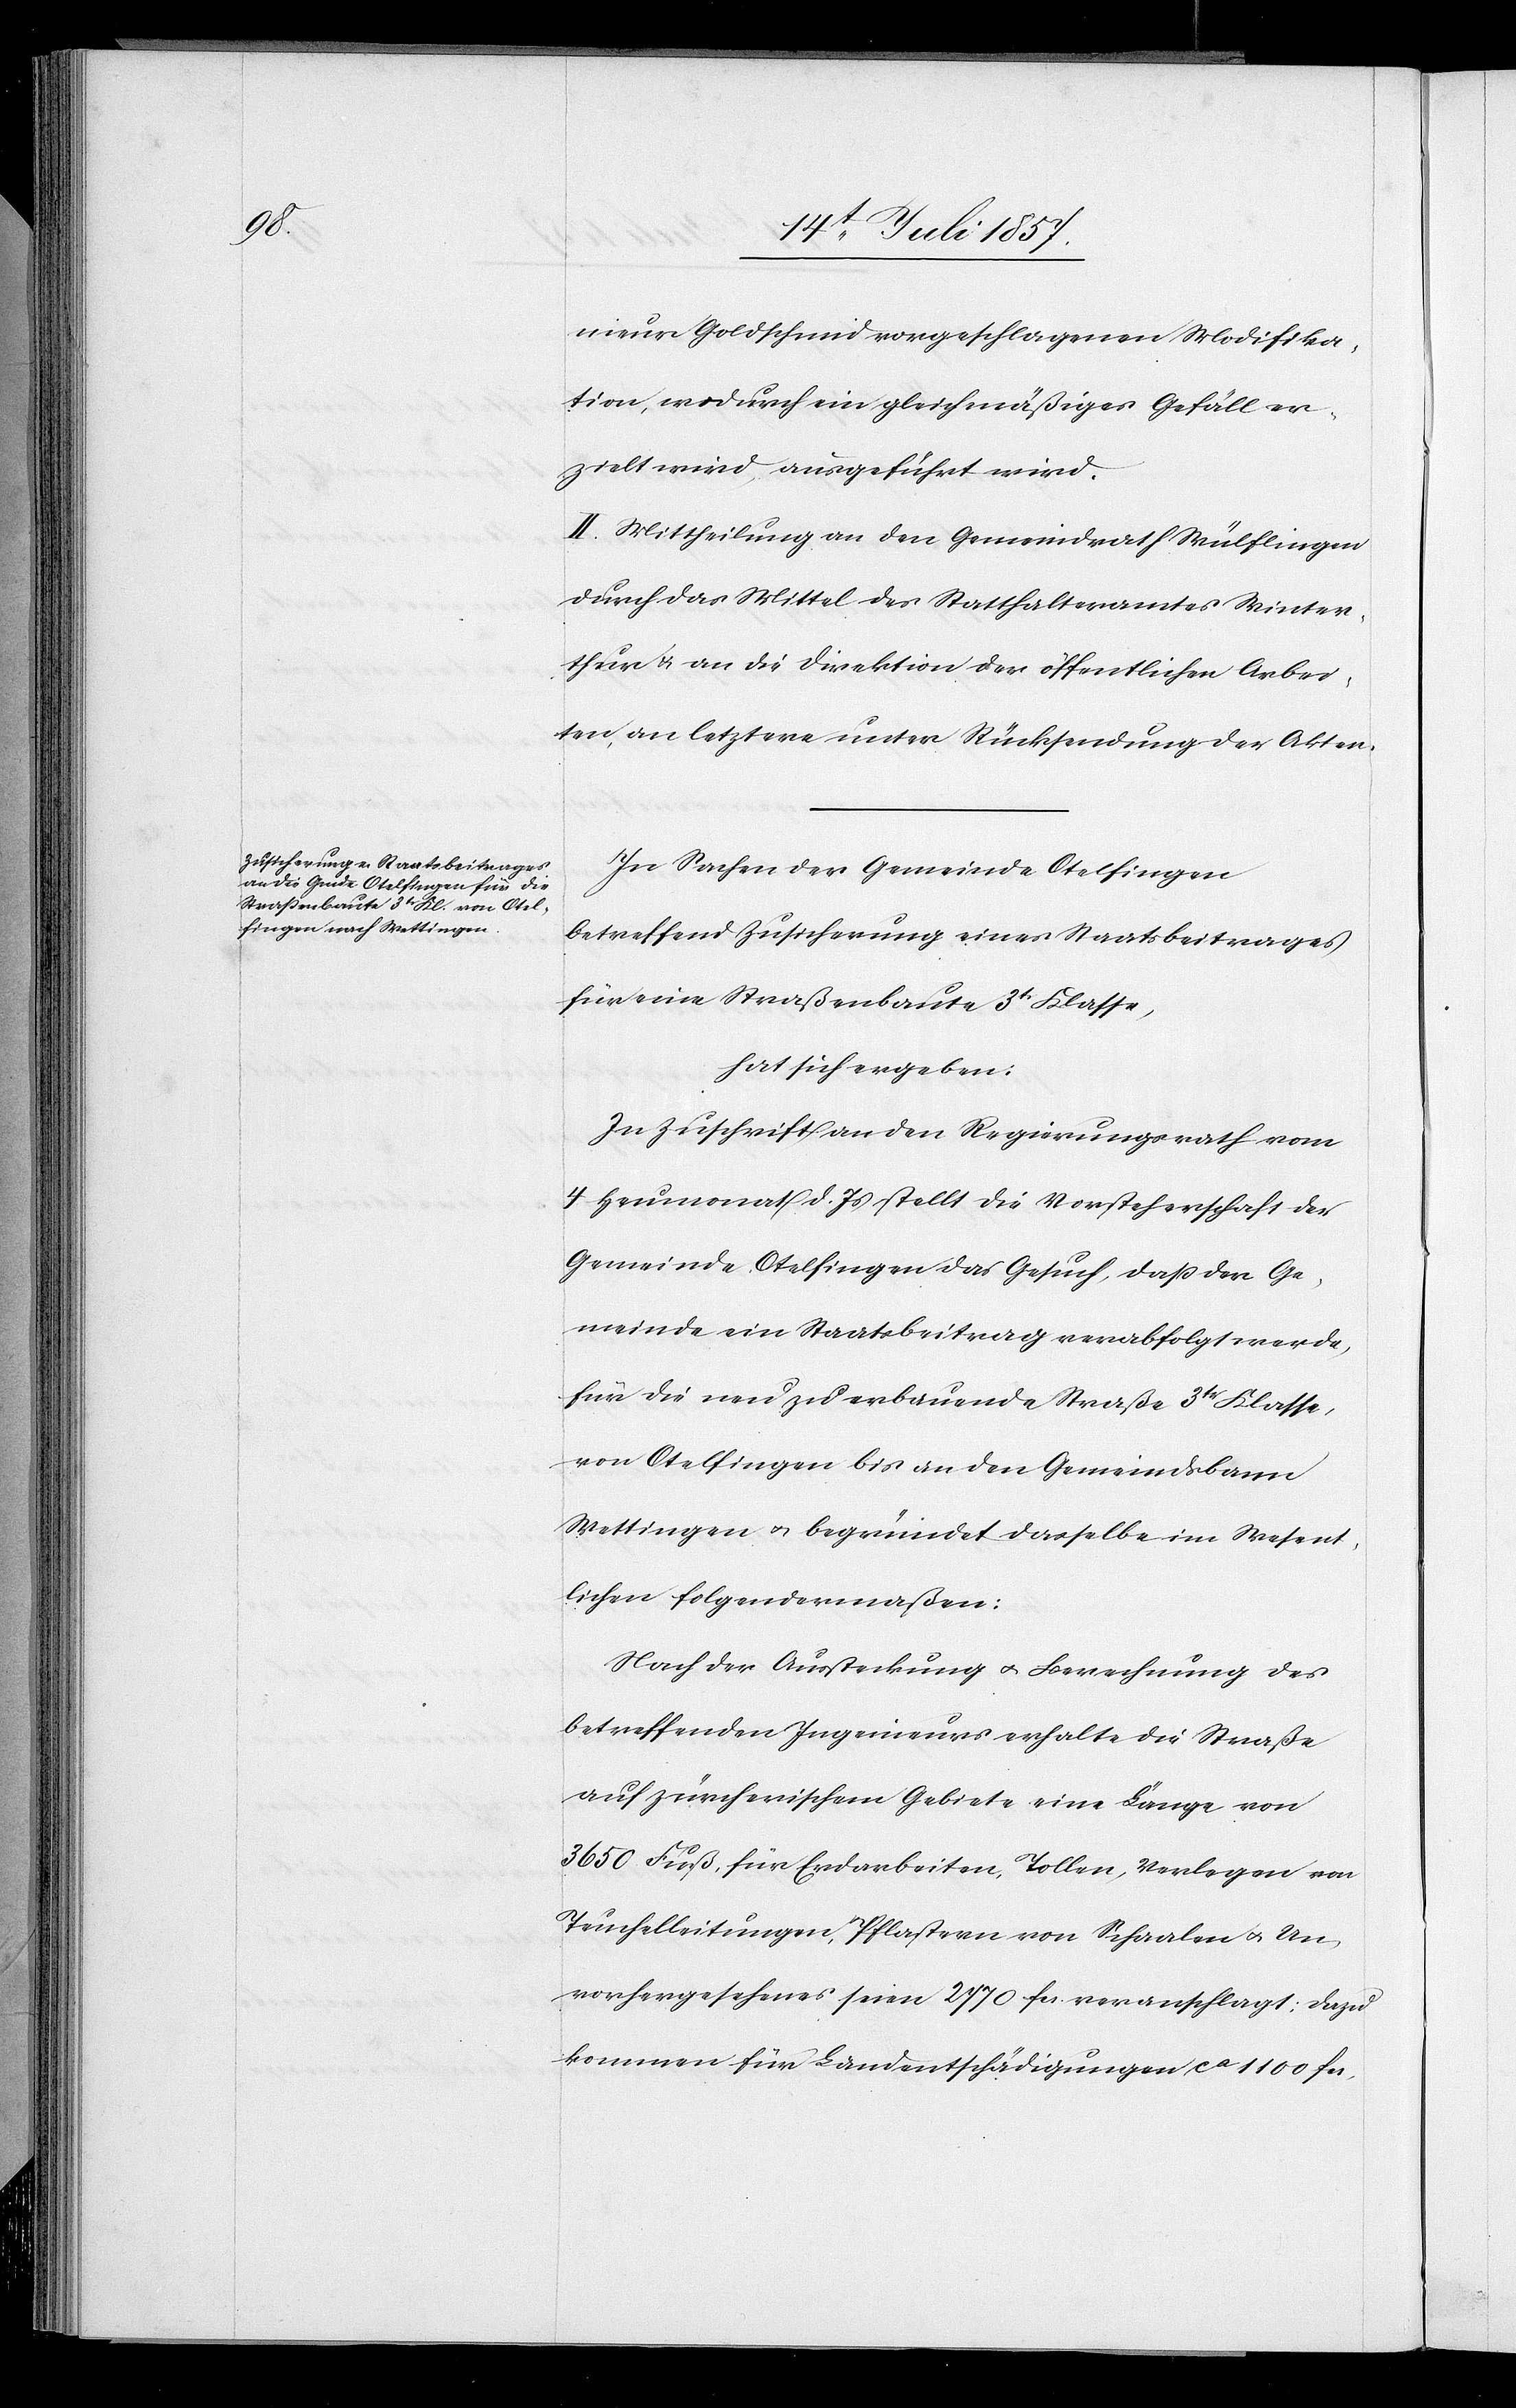
nieur Goldschmid vorgeschlagenen Modifika¬
tion, wodurch ein gleichmäßiges Gefäll er¬
zielt wird, ausgeführt wird.
II. Mittheilung an den Gemeindrath Wülflingen
durch das Mittel des Statthalteramtes Winter¬
thur & an die Direktion der öffentlichen Arbei¬
ten, an letztere unter Rücksendung der Akten.
In Sachen der Gemeinde Otelfingen
betreffend Zusicherung eines Staatsbeitrages
für eine Straßenbaute 3t Klasse,
hat sich ergeben:
In Zuschrift an den Regierungsrath vom
4 Heumonat d. Js. stellt die Vorsteherschaft der
Gemeinde Otelfingen das Gesuch, daß der Ge¬
meinde ein Staatsbeitrag verabfolgt werde,
für die neu zu erbauende Straße 3tr Klasse,
von Otelfingen bis an den Gemeindsbann
Wettingen & begründet dasselbe im Wesent¬
lichen folgendermaßen:
Nach der Aussteckung & Berechnung des
betreffenden Ingenieurs erhalte die Straße
auf zürcherischem Gebiete eine Länge von
3 650 Fuß, für Erdarbeiten, Tollen, Verlegen von
Teuchelleitungen, Pflastern von Schaalen & Un¬
vorhergesehenes seien 2 770 fcs veranschlagt; dazu
kommen für Landentschädigungen ca 1 100 fcs,